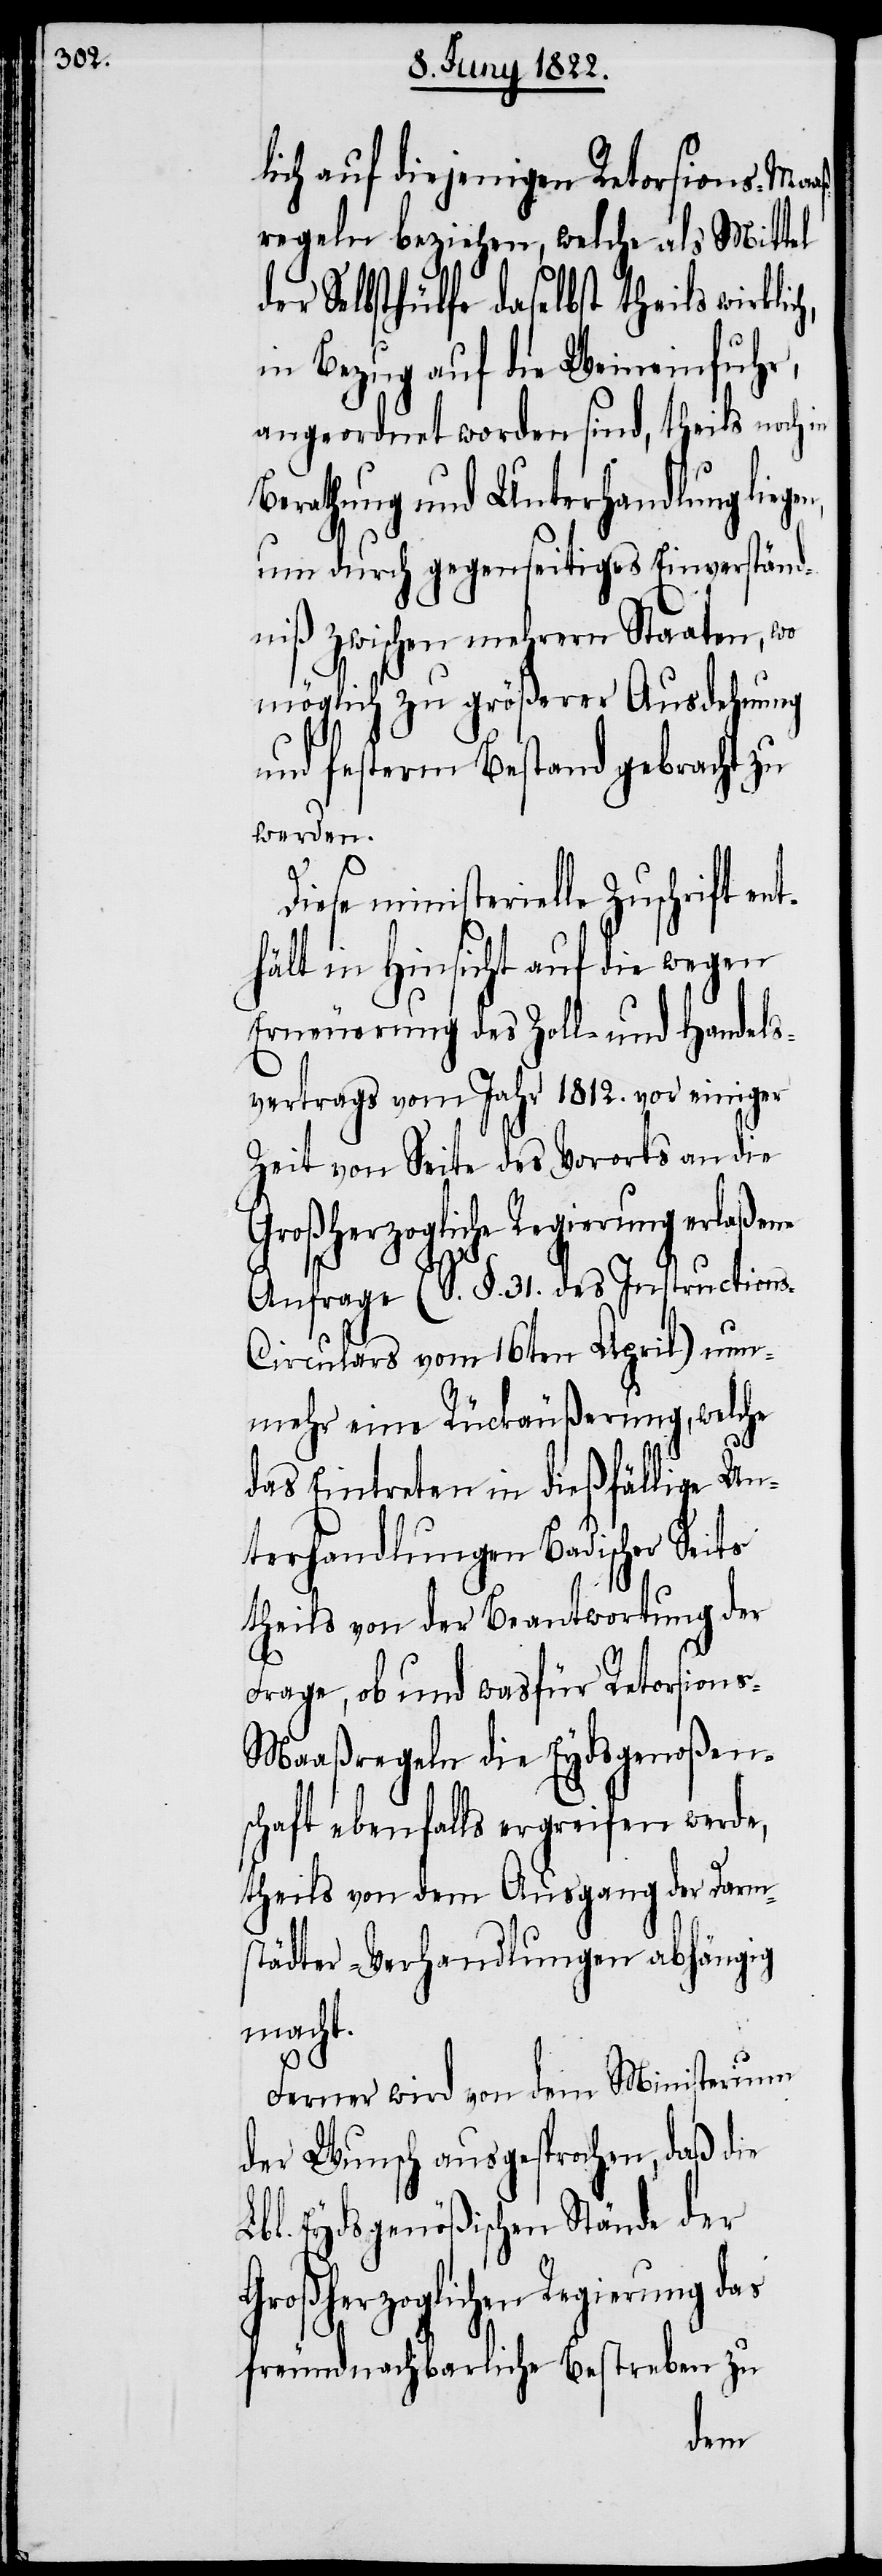
lich auf diejenigen Retorsions-Maaß¬
regeln beziehen, welche als Mittel
der Selbsthülfe daselbst theils wirklic¬
in Bezug auf die Weineinfuhr,
angeordnet worden sind, theils noch in
Berathung und Unterhandlung liege¬
um durch gegenseitiges Einverständ¬
nis zwischen mehrern Staaten, wo
möglich zu größerer Ausdehnung
und festern Bestand gebracht zu
werden.
Diese ministerielle Zuschrift
hält in Hinsicht auf die wegen
Erneuerung des Zoll- und Handels¬
vertrags vom Jahr 1812. vor einiger
Zeit von Seite des Vororts an die
Großherzogliche Regierung erlaßene
ent¬
Anfrage, (S. §. 31. des Instruction¬
s-Circulars vom 16ten April) nun¬
mehr eine Rückäußerung, welche
das Eintreten in dießfällige Un¬
terhandlungen Badischer Seits
theils von der Beantwortung der
Frage, ob und was für Retorsion¬
s-Maaßregeln die Eydsgenoßen¬
schaft ebenfalls ergreifen werde,
theils von dem Ausgang der Darm¬
städter-Verhandlungen abhängig
macht.
Ferner wird von dem Ministerium
der Wunsch ausgesprochen, daß die
Lbl. Eydsgenößischen Stände der
Großherzoglichen Regierung
freundschaftliche Bestreben zu